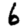
Digit: 6